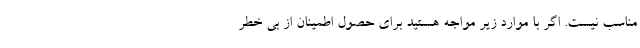
مناسب نیست. اگر با موارد زیر مواجه هستید برای حصول اطمینان از بی خطر